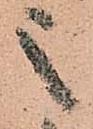
之